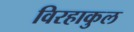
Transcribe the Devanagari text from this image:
विरहाकुल